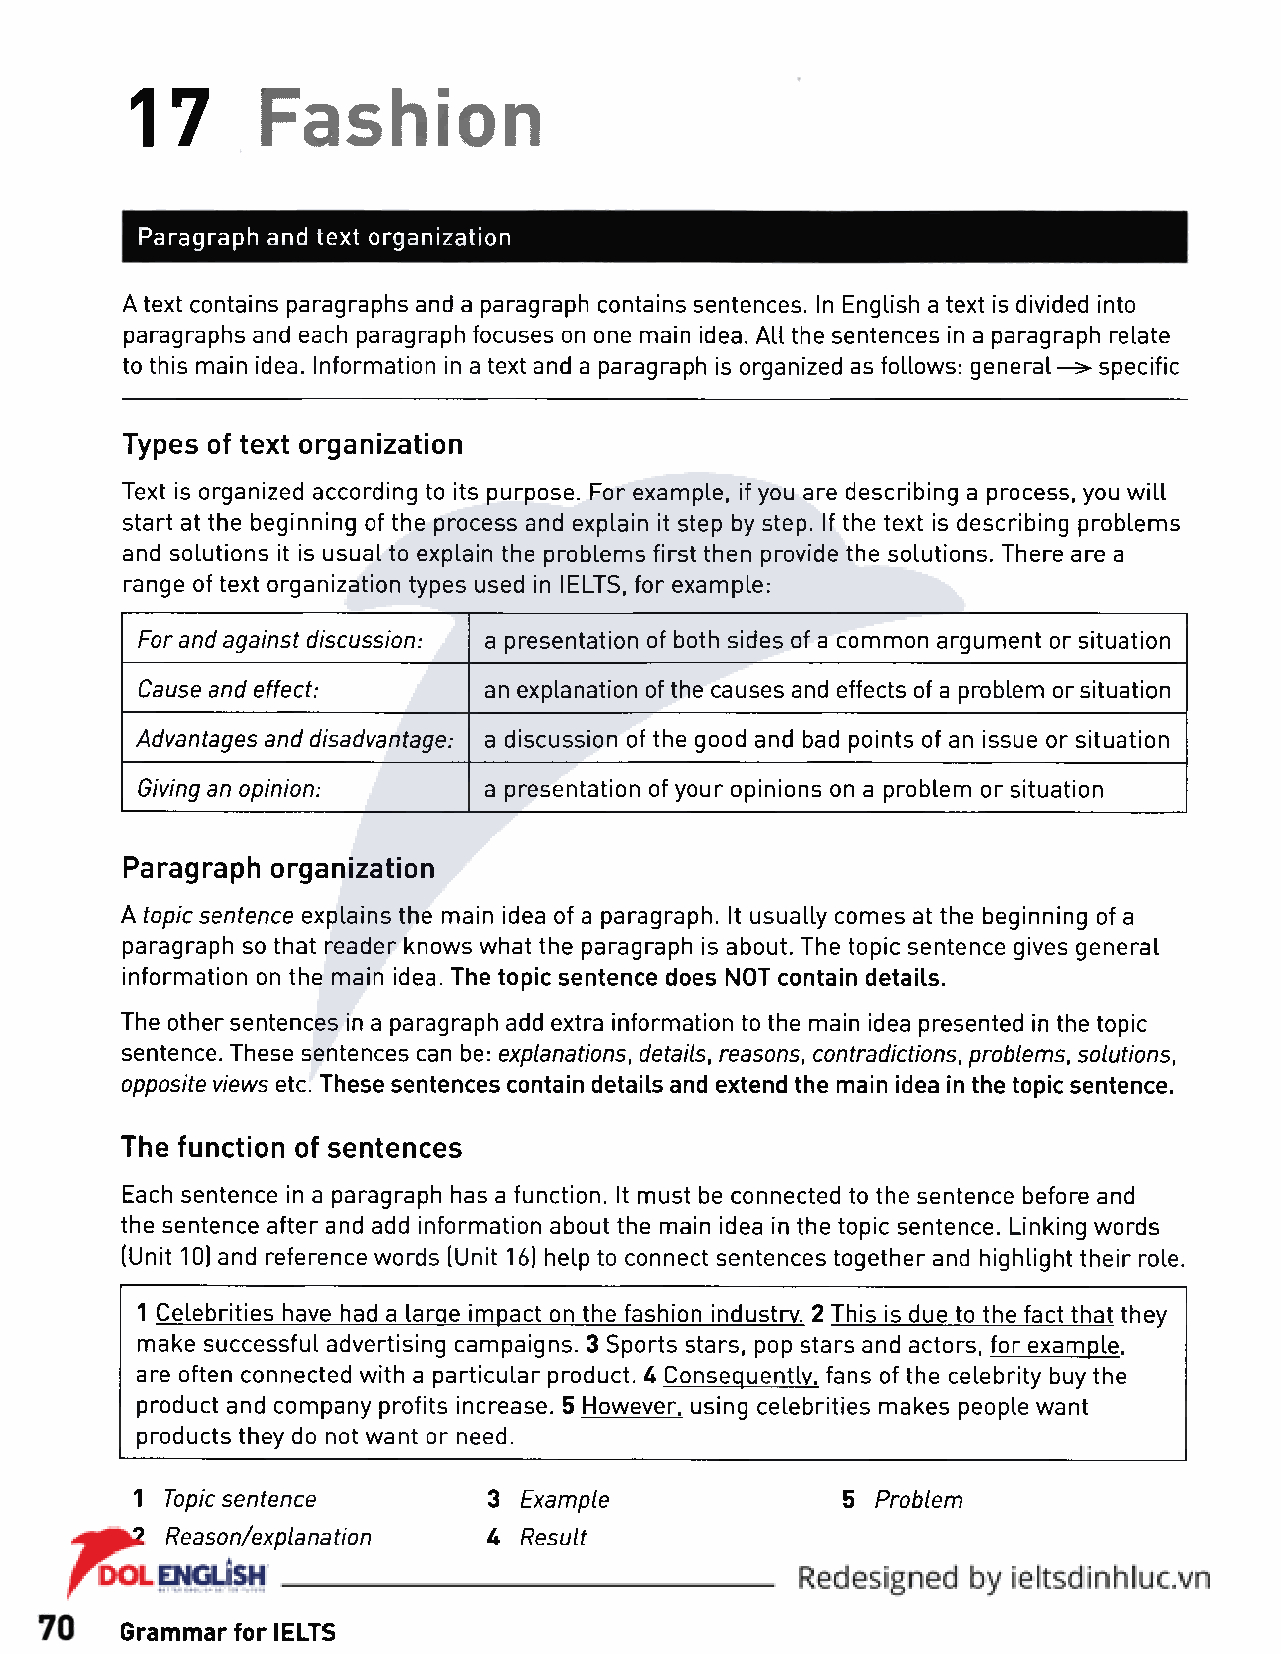
17      Fashion
 Paragraph and text organization
 A text contains paragraphs and a paragraph contains sentences. In English a text is divided into
 paragraphs and each paragraph focuses on one main idea. All the sentences in a paragraph relate
 to this main idea. Information in a text and a paragraph is organized as follows: generals- specific
 Types of text organization
 Text is organized according to its purpose. For example, if you are describing a process, you will
 start at the beginning of the process and explain it step by step. If the text is describing problems
 and solutions it is usual to explain the problems first then provide the solutions. There are a
 range of text organization types used in IELTS, for example:
 For and against discussion: a presentation of both sides of a common argument or situation
 Cause and effect:      an explanation of the causes and effects of a problem or situation
 Advantages and disadvantage: a discussion of the good and bad points of an issue or situation
 Giving an opinion:     a presentation of your opinions on a problem or situation
 Paragraph organization
 A topic sentence explains the main idea of a paragraph, it usually comes at the beginning of a
 paragraph so that reader knows what the paragraph is about. The topic sentence gives general
 information on the main idea. The topic sentence does NOT contain details.
 The other sentences in a paragraph add extra information to the main idea presented in the topic
 sentence. These sentences can be: explanations, details, reasons, contradictions, problems, solutions,
 opposite views etc. These sentences contain details and extend the main idea in the topic sentence.
 The function of sentences
 Each sentence in a paragraph has a function. It must be connected to the sentence before and
 the sentence after and add information about the main idea in the topic sentence. Linking words
 (Unit 10) and reference words (Unit 16) help to connect sentences together and highlight their role.
 1 Celebrities have had a large impact on the fashion industry. 2 This is due to the fact that they
 make successful advertising campaigns. 3 Sports stars, pop stars and actors, for example,
 are often connected with a particular product. 4 Consequently, fans of the celebrity buy the
 product and company profits increase. 5 However, using celebrities makes people want
 products they do not want or need.
 1 Topic sentence        3 Example             5  Problem
 2 Reason/explanation     U Result
 Grammar for IELTS